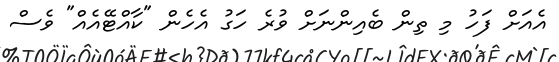
އެއަށް ފަހު މި ތިން ބެއިންނަށް ވުރެ ހަގު އެހެން "ކާއްޓޭއެއް" ވެސް